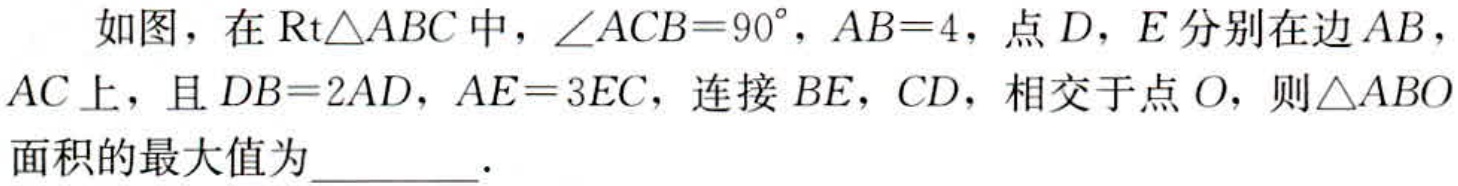
如图，在$\mathrm{R}\mathrm{t}\triangle ABC$中，$\angle ACB = 90^{\circ}$，$AB = 4$，点$D$，$E$分别在边$AB$，$AC$上，且$DB = 2AD$，$AE = 3EC$，连接$BE$，$CD$，相交于点$O$，则$\triangle ABO$面积的最大值为  ．